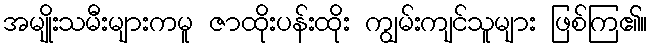
အမျိုးသမီးများကမူ ဇာထိုးပန်းထိုး ကျွမ်းကျင်သူများ ဖြစ်ကြ၏။